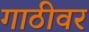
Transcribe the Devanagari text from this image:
गाठीवर